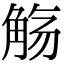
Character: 觞